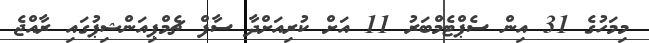
މިމަހުގެ 31 އިން ސެޕްޓެމްބަރު 11 އަށް ކުރިއަށްދާ ސާފް ޗެމްޕިއަންޝިޕުގައި ރާއްޖެ